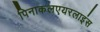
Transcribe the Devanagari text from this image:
पिनाकलएयरलाइंस